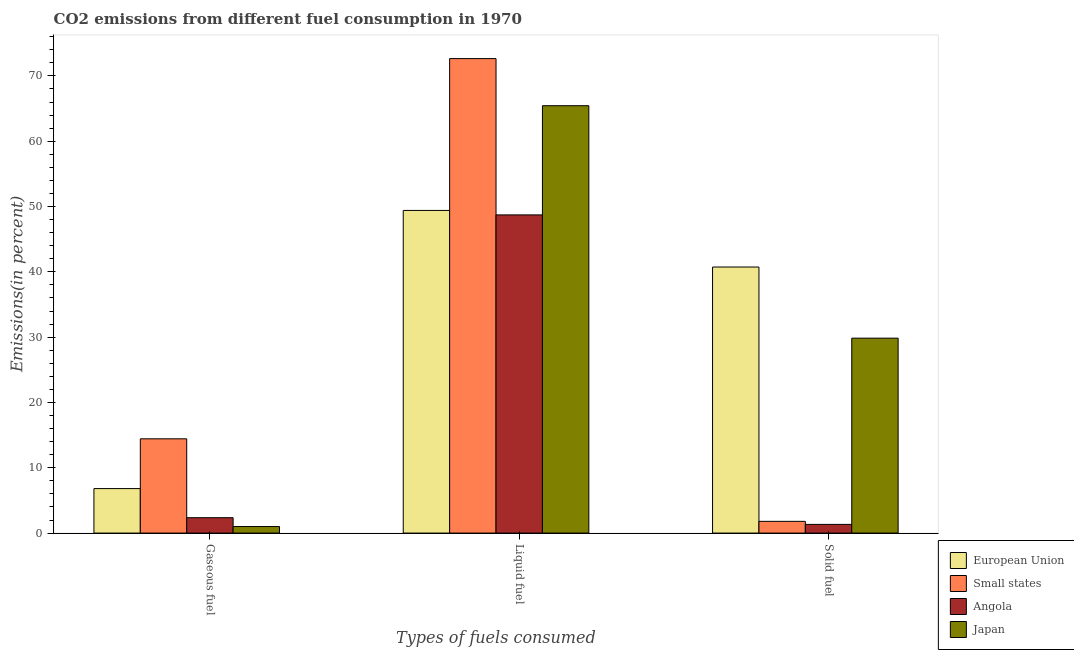
| Types of fuels consumed | European Union | Small states | Angola | Japan |
 | --- | --- | --- | --- | --- |
 | Gaseous fuel | 6.81 | 14.4 | 2.35 | 0.999 |
 | Liquid fuel | 49.4 | 72.7 | 48.7 | 65.4 |
 | Solid fuel | 40.7 | 1.79 | 1.33 | 29.8 |